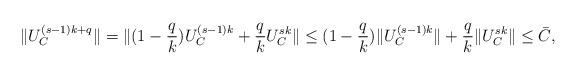
LaTeX: \begin{align*} \|U_{C}^{(s-1)k+q}\|=\|(1-\frac{q}{k}) U_C^{(s-1)k}+\frac{q}{k}U_C^{sk}\| \leq (1-\frac{q}{k})\|U_C^{(s-1)k}\|+\frac{q}{k}\|U_C^{sk}\| \leq \bar{C}, \end{align*}